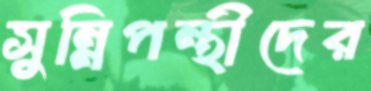
সুন্নিপন্থীদের